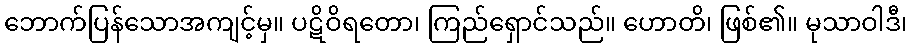
ဘောက်ပြန်သောအကျင့်မှ။ ပဋိဝိရတော၊ ကြည်ရှောင်သည်။ ဟောတိ၊ ဖြစ်၏။ မုသာဝါဒီ၊